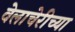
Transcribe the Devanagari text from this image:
वेलाचेरीच्या